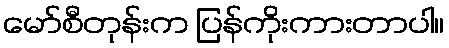
မော်စီတုန်းက ပြန်ကိုးကားတာပါ။